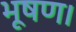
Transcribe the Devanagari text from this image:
भूषण।